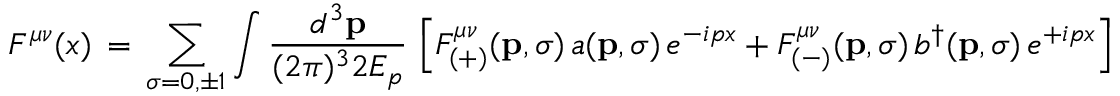
F ^ { \mu \nu } ( x ) \, = \, \sum _ { \sigma = 0 , \pm 1 } \int \frac { d ^ { 3 } { \bf p } } { ( 2 \pi ) ^ { 3 } 2 E _ { p } } \, \left[ F _ { ( + ) } ^ { \mu \nu } ( { \bf p } , \sigma ) \, a ( { \bf p } , \sigma ) \, e ^ { - i p x } + F _ { ( - ) } ^ { \mu \nu } ( { \bf p } , \sigma ) \, b ^ { \dagger } ( { \bf p } , \sigma ) \, e ^ { + i p x } \right]